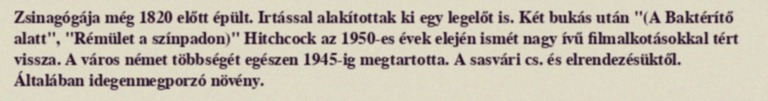
Zsinagógája még 1820 előtt épült. Irtással alakítottak ki egy legelőt is. Két bukás után "(A Baktérítő alatt", "Rémület a színpadon)" Hitchcock az 1950-es évek elején ismét nagy ívű filmalkotásokkal tért vissza. A város német többségét egészen 1945-ig megtartotta. A sasvári cs. és elrendezésüktől. Általában idegenmegporzó növény.